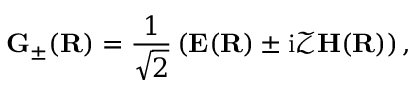
\mathbf G _ { \pm } ( \mathbf R ) = \frac { 1 } { \sqrt { 2 } } \left( \mathbf E ( \mathbf R ) \pm \mathrm { i } \mathcal Z \mathbf H ( \mathbf R ) \right) ,